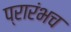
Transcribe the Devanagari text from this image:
प्रारंभच